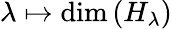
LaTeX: \lambda\mapsto\dim\left(H_{\lambda}\right)